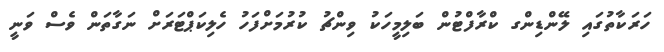
ހަރަކާތުގައި ލޭންޑިންގ ކްރާފްޓުން ބަލިމީހަކު ވިންޗު ކުރުމަށްފަހު ހެލިކަޕްޓަރަށް ނަގާތަން ވެސް ވަނީ